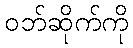
ဝဘ်ဆိုက်ကို